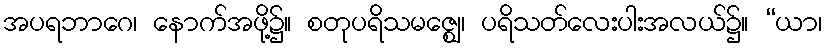
အပရဘာဂေ၊ နောက်အဖို့၌။ စတုပရိသမဇ္ဈေ၊ ပရိသတ်လေးပါးအလယ်၌။ “ယာ၊